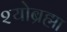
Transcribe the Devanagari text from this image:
श्योब्रह्मा